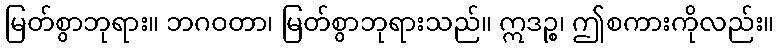
မြတ်စွာဘုရား။ ဘဂဝတာ၊ မြတ်စွာဘုရားသည်။ ဣဒဉ္စ၊ ဤစကားကိုလည်း။